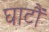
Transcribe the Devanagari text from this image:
घाटौं